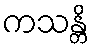
ကသန္တိ